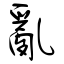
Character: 亂